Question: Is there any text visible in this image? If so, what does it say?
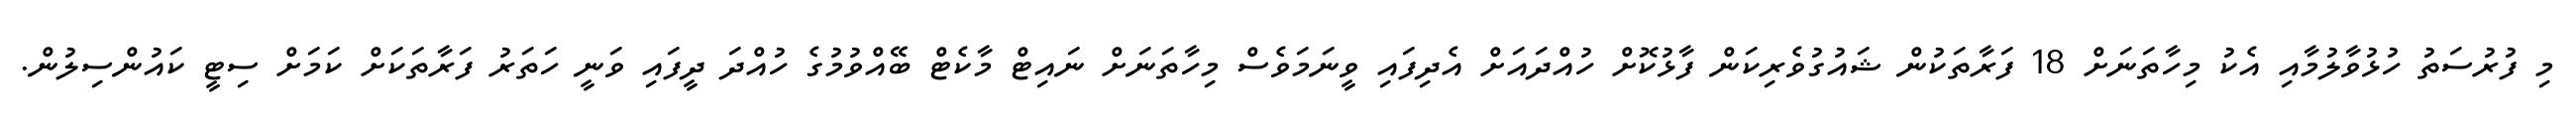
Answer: މި ފުރުސަތު ހުޅުވާލުމާއި އެކު މިހާތަނަށް 18 ފަރާތަކުން ޝައުގުވެރިކަން ފާޅުކޮށް ހުއްދައަށް އެދިފައި ވީނަމަވެސް މިހާތަނަށް ނައިޓް މާކެޓް ބޭއްވުމުގެ ހުއްދަ ދީފައި ވަނީ ހަތަރު ފަރާތަކަށް ކަމަށް ސިޓީ ކައުންސިލުން.